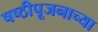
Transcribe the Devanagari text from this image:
षष्ठीपूजनाच्या